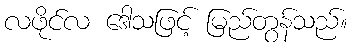
လဖိုင်လ ဒေါသဖြင့် မြည်တွန်သည်။